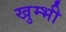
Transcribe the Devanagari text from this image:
खुम्भी